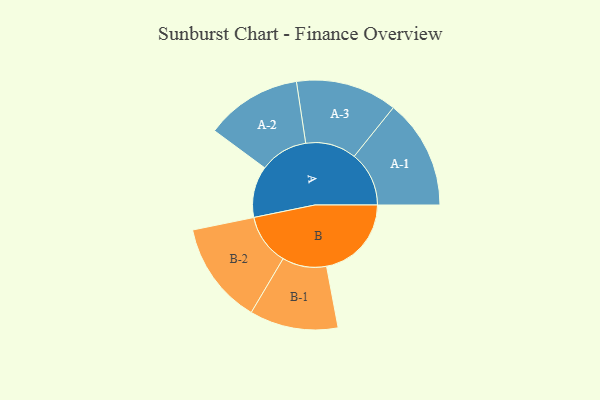
{"axis": {"x": "Segment", "y": "Value"}, "legend": ["", "A", "B"], "data": [{"x": "A", "y": 239, "type": ""}, {"x": "B", "y": 395, "type": ""}, {"x": "A-1", "y": 255, "type": "A"}, {"x": "A-2", "y": 224, "type": "A"}, {"x": "A-3", "y": 236, "type": "A"}, {"x": "B-1", "y": 206, "type": "B"}, {"x": "B-2", "y": 238, "type": "B"}]}